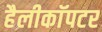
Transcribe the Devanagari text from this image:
हैलीकाॅपटर